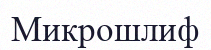
Микрошлиф